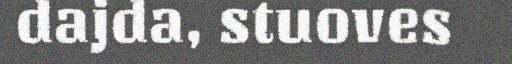
dajda, stuoves